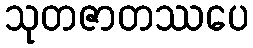
သုတဇာတဿပေ